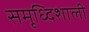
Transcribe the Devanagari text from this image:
समृध्दिशाली